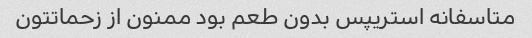
متاسفانه استریپس بدون طعم بود ممنون از زحماتتون